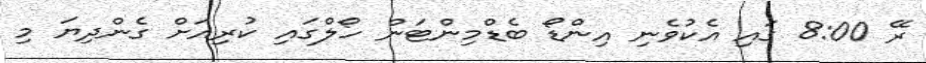
ރޭ 8:00 ގައި އެކުވެނި އިންޑޯ ބެޑްމިންޓަން ހޯލްގައި ކުރިއަށް ގެންދިޔަ މި